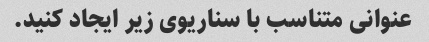
عنوانی متناسب با سناریوی زیر ایجاد کنید.